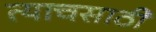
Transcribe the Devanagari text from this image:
त्याचसाठी